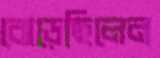
ঝেড়েছিলেন